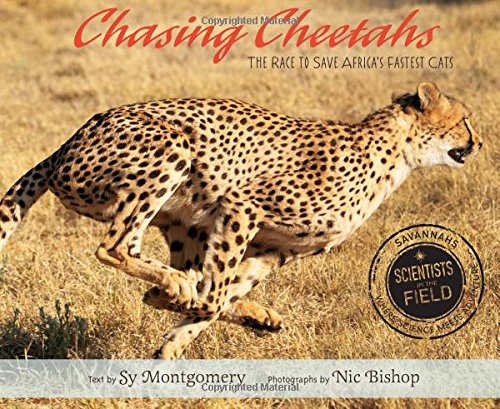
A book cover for Chasing Cheetahs: The Race to Save Africa's Fastest Cat (Scientists in the Field Series); Sy Montgomery; Children's Books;